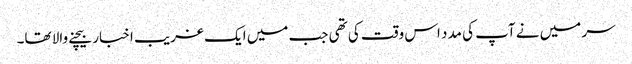
سر میں نے آپ کی مدد اس وقت کی تھی جب میں ایک غریب اخبار بیچنے والا تھا۔